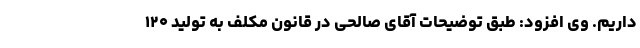
داریم. وی افزود: طبق توضیحات آقای صالحی در قانون مکلف به تولید ۱۲۰